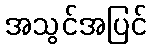
အသွင်အပြင်